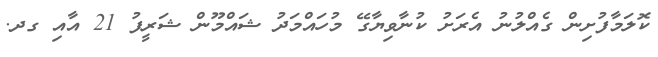
ކޮލަމާފުށިން ގެއްލުނު އެރަށު ކުނާވިޔާގޭ މުހައްމަދު ޝައްމޫން ޝަރީފު 21 އާއި ގދ.